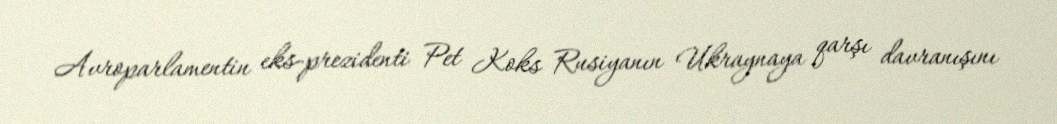
Avroparlamentin eks-prezidenti Pet Koks Rusiyanın Ukraynaya qarşı davranışını